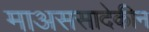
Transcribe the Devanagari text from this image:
माअससादेकीन